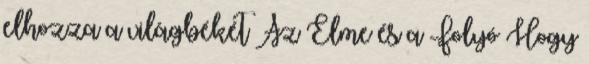
elhozza a világbékét Az Elme és a Folyó Hogy